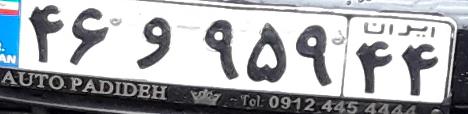
۴۶و۹۵۹۴۴